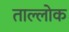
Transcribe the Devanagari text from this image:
ताल्लोक